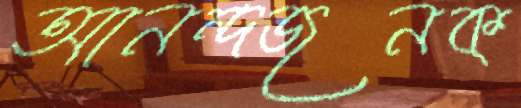
আনন্দজনক